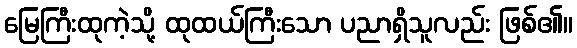
မြေကြီးထုကဲ့သို့ ထုထယ်ကြီးသော ပညာရှိသူလည်း ဖြစ်၏။